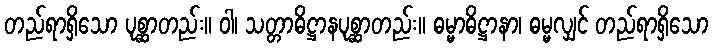
တည်ရာရှိသော ပုစ္ဆာတည်း။ ဝါ၊ သတ္တာဓိဋ္ဌာနပုစ္ဆာတည်း။ ဓမ္မာဓိဋ္ဌာနာ၊ ဓမ္မလျှင် တည်ရာရှိသော